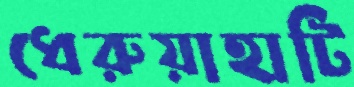
ধেরুয়াহাটি